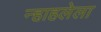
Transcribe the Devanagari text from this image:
न्हाहलेला